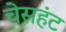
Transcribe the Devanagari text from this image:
चेसहंट